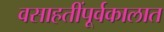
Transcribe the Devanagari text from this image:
वसाहतींपूर्वकालात